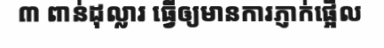
៣ ពាន់ដុល្លារ ធ្វើឲ្យមានការភ្ញាក់ផ្អើល